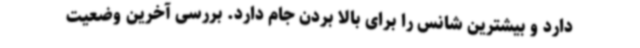
دارد و بیشترین شانس را برای بالا بردن جام دارد. بررسی آخرین وضعیت